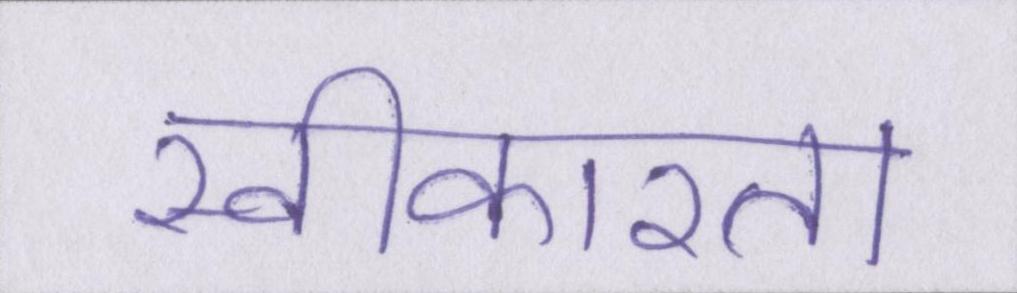
स्वीकारता